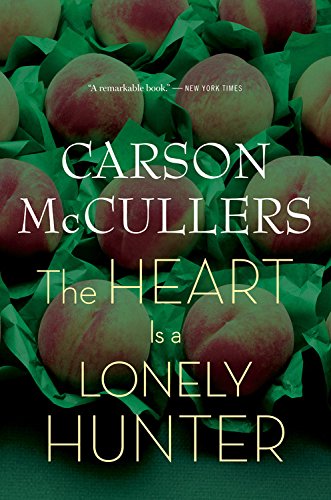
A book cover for The Heart Is a Lonely Hunter; Carson McCullers; Teen & Young Adult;